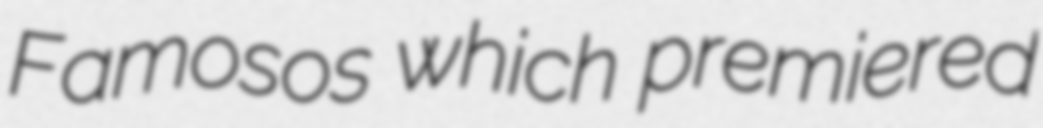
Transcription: Famosos which premiered